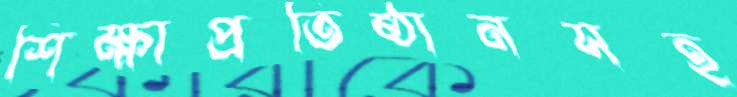
শিক্ষাপ্রতিষ্ঠানসহ